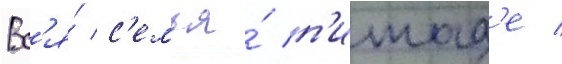
Вс'я́ с'емья́ п'итад'е /